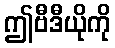
ဤဗီဒီယိုကို